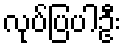
လုပ်ပြပါဦး